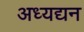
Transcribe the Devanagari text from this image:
अध्यद्यन